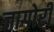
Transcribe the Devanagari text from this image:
जागोरी